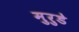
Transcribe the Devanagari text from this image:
मुरुडे